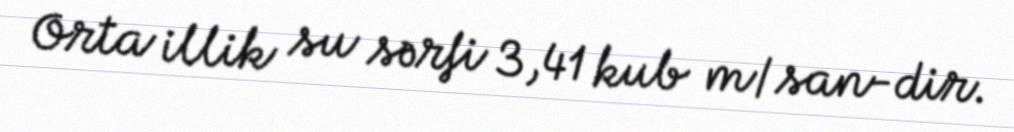
Orta illik su sərfi 3,41 kub m/san-dir.